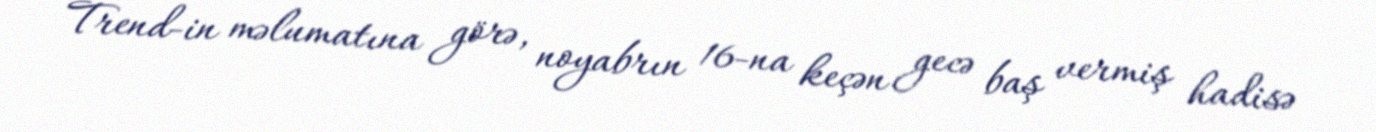
Trend-in məlumatına görə, noyabrın 16-na keçən gecə baş vermiş hadisə